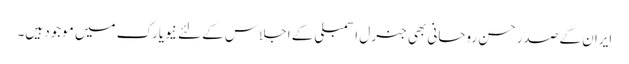
ایران کے صدر حسن روحانی بھی جنرل اسمبلی کے اجلاس کے لئے نیویارک میں موجود ہیں۔